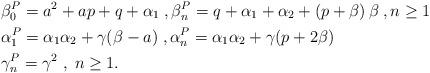
LaTeX: \begin{align*}&\beta_{0}^{P}= a^2+ ap+q+\alpha_{1} \; , \beta_{n}^{P}= q+\alpha_{1} +\alpha_{2} + \left(p+\beta \right)\beta \; , n \geq 1\\ &\alpha_{1}^{P} = \alpha_{1} \alpha_{2} + \gamma(\beta-a) \; , \alpha_{n}^{P}=\alpha_{1} \alpha_{2} + \gamma(p+2\beta) \\ &\gamma_{n}^{P} = \gamma^{2} \; , \; n \geq 1. \\ &\end{align*}